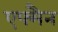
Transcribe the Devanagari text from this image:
एफ्मैन